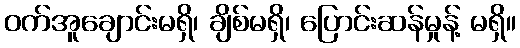
ဝက်အူချောင်းမရှိ၊ ချိစ်မရှိ၊ ပြောင်းဆန်မှုန့် မရှိ။